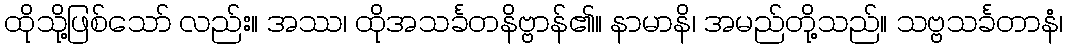
ထိုသိုု့ဖြစ်သော် လည်း။ အဿ၊ ထိုအသင်္ခတနိဗ္ဗာန်၏။ နာမာနိ၊ အမည်တို့သည်။ သဗ္ဗသင်္ခတာနံ၊